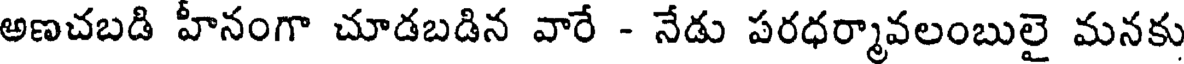
అణచబడి హీనంగా చూడబడిన వారే - నేడు పరధర్మావలంబులై మనకు